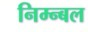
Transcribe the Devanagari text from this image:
निम्न्बल